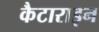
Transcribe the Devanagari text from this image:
कैटाराइन